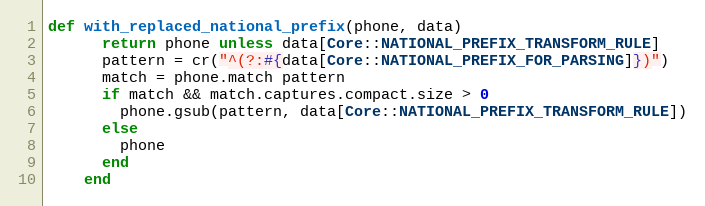
Language: Ruby
def with_replaced_national_prefix(phone, data)
      return phone unless data[Core::NATIONAL_PREFIX_TRANSFORM_RULE]
      pattern = cr("^(?:#{data[Core::NATIONAL_PREFIX_FOR_PARSING]})")
      match = phone.match pattern
      if match && match.captures.compact.size > 0
        phone.gsub(pattern, data[Core::NATIONAL_PREFIX_TRANSFORM_RULE])
      else
        phone
      end
    end